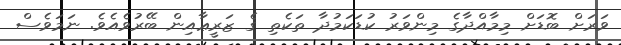
ވަރަށް ބޮޑަށް މިމާއްދާގެ މިންވަރު ކުޑަކަމުދާ ތަކެތި ގެ ޒަރީޢާއިން ބޭރުވެއެވެ. ނަމަވެސް